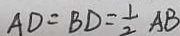
A D = B D = \frac { 1 } { 2 } A B